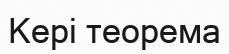
Kері теорема